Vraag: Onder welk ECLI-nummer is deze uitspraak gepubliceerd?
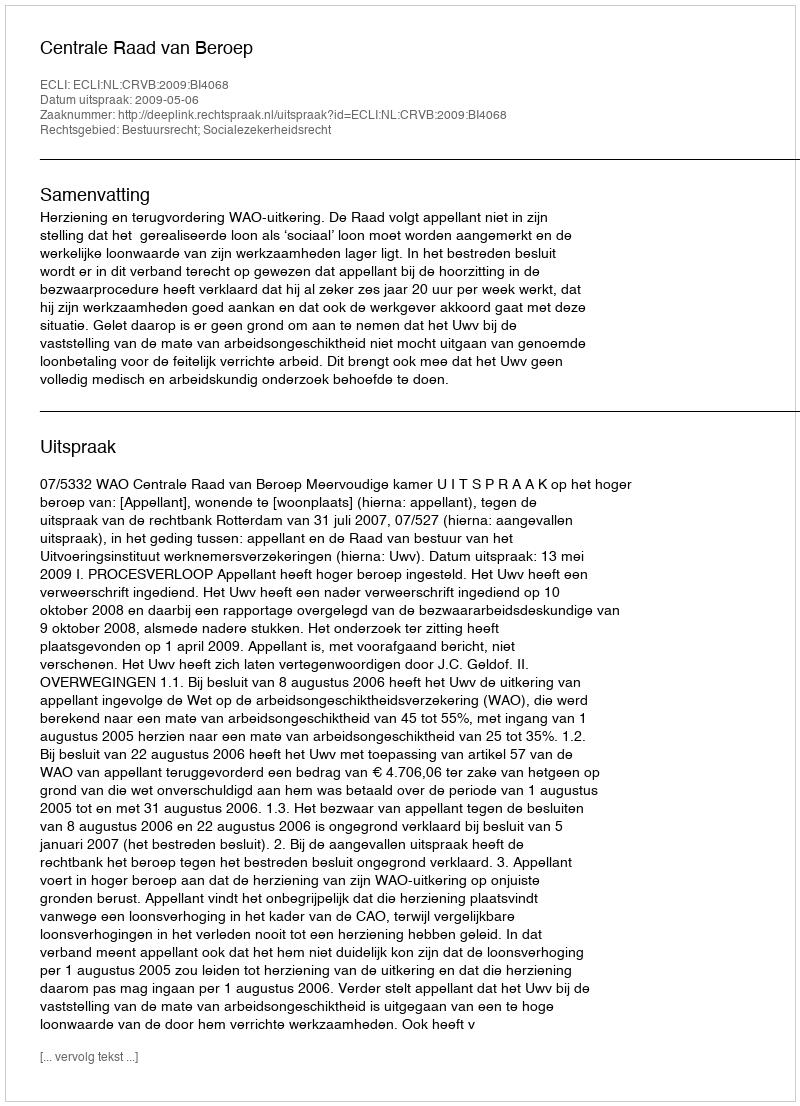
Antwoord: ECLI:NL:CRVB:2009:BI4068